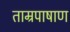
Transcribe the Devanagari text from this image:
ताम्रपाषाण